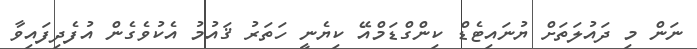
ނަން މި ދައުލަތަށް ޔުނައިޓެޑް ކިންގްޑަމްއޭ ކިޔެނީ ހަތަރު ޤައުމު އެކުވެގެން އުފެދިފައިވާ